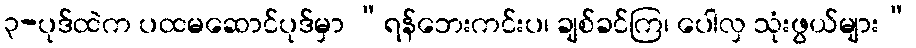
၃-ပုဒ်ထဲက ပထမဆောင်ပုဒ်မှာ “ရန်ဘေးကင်းပ၊ ချစ်ခင်ကြ၊ ပေါလှ သုံးဖွယ်များ”